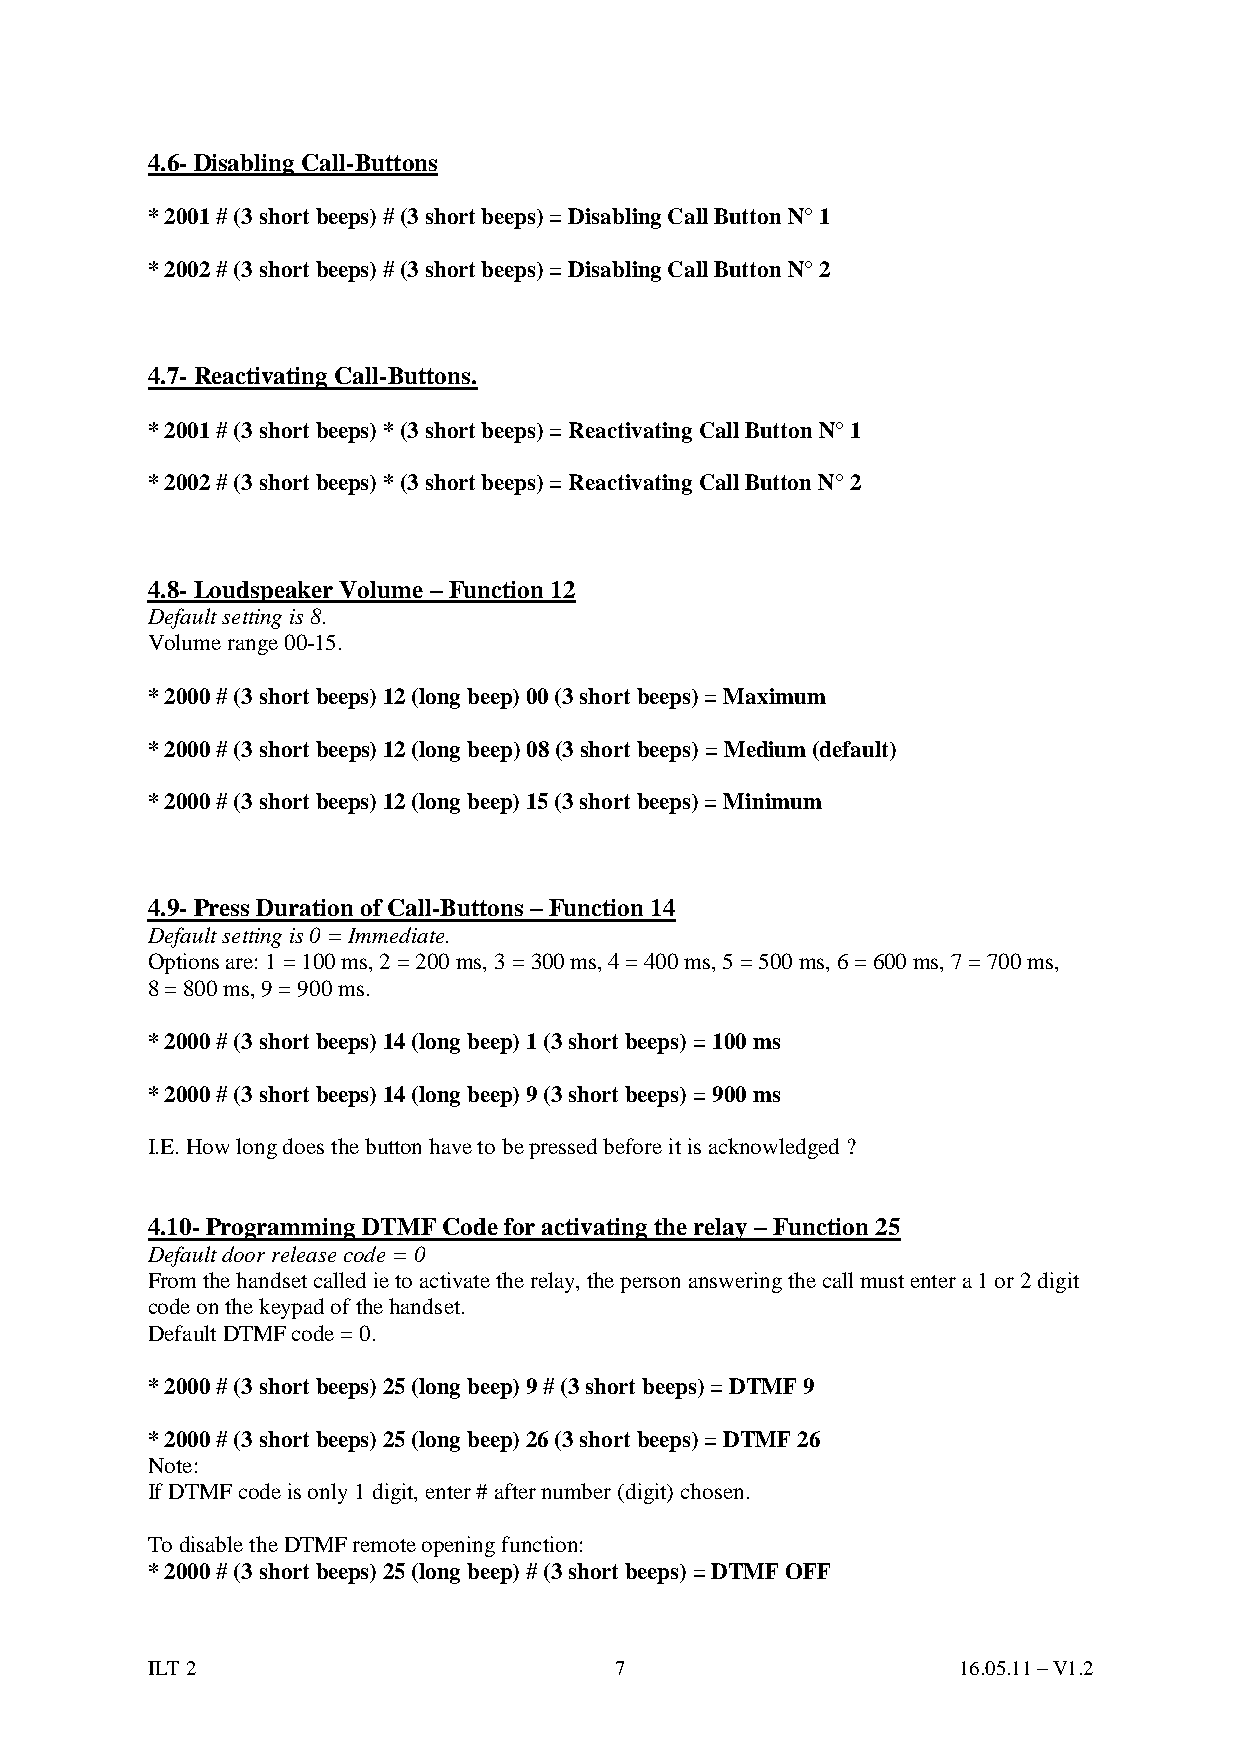
4.6- Disabling Call-Buttons
 * 2001 # (3 short beeps) # (3 short beeps) = Disabling Call Button N° 1
 * 2002 # (3 short beeps) # (3 short beeps) = Disabling Call Button N° 2
 4.7- Reactivating Call-Buttons.
 * 2001 # (3 short beeps) * (3 short beeps) = Reactivating Call Button N° 1
 * 2002 # (3 short beeps) * (3 short beeps) = Reactivating Call Button N° 2
 4.8- Loudspeaker Volume – Function 12
 Default setting is 8.
 Volume range 00-15.
 * 2000 # (3 short beeps) 12 (long beep) 00 (3 short beeps) = Maximum
 * 2000 # (3 short beeps) 12 (long beep) 08 (3 short beeps) = Medium (default)
 * 2000 # (3 short beeps) 12 (long beep) 15 (3 short beeps) = Minimum
 4.9- Press Duration of Call-Buttons – Function 14
 Default setting is 0 = Immediate.
 Options are: 1 = 100 ms, 2 = 200 ms, 3 = 300 ms, 4 = 400 ms, 5 = 500 ms, 6 = 600 ms, 7 = 700 ms,
 8 = 800 ms, 9 = 900 ms.
 * 2000 # (3 short beeps) 14 (long beep) 1 (3 short beeps) = 100 ms
 * 2000 # (3 short beeps) 14 (long beep) 9 (3 short beeps) = 900 ms
 I.E. How long does the button have to be pressed before it is acknowledged ?
 4.10- Programming DTMF Code for activating the relay – Function 25
 Default door release code = 0
 From the handset called ie to activate the relay, the person answering the call must enter a 1 or 2 digit
 code on the keypad of the handset.
 Default DTMF code = 0.
 * 2000 # (3 short beeps) 25 (long beep) 9 # (3 short beeps) = DTMF 9
 * 2000 # (3 short beeps) 25 (long beep) 26 (3 short beeps) = DTMF 26
 Note:
 If DTMF code is only 1 digit, enter # after number (digit) chosen.
 To disable the DTMF remote opening function:
 * 2000 # (3 short beeps) 25 (long beep) # (3 short beeps) = DTMF OFF
 ILT 2                          7                     16.05.11 – V1.2